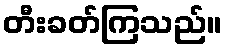
တီးခတ်ကြသည်။